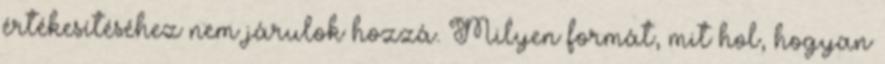
értékesítéséhez nem járulok hozzá. Milyen formát, mit hol, hogyan